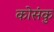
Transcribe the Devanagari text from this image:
कोसंकु